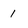
Character: 1